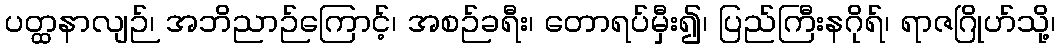
ပတ္ထနာလျဉ်၊ အဘိညာဉ်ကြောင့်၊ အစဉ်ခရီး၊ တောရပ်မှီး၍၊ ပြည်ကြီးနဂိုရ်၊ ရာဇဂြိုဟ်သို့၊